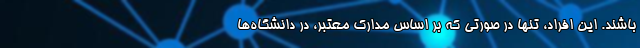
باشند. این افراد، تنها در صورتی که بر اساس مدارک معتبر، در دانشگاه‌ها